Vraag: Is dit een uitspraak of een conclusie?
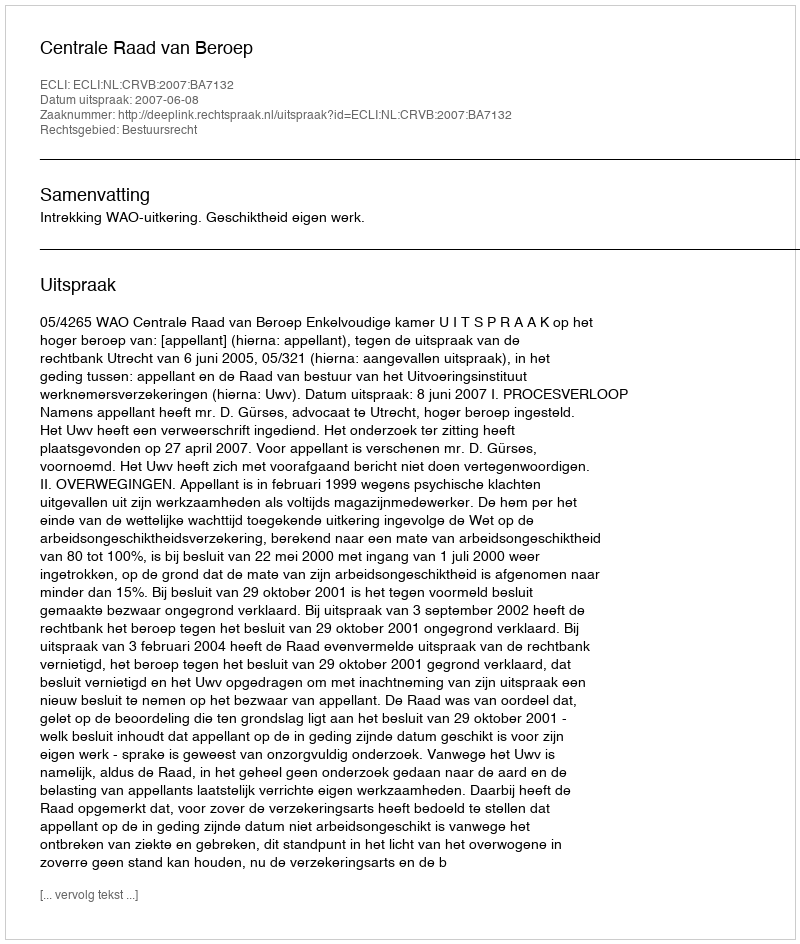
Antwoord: Uitspraak